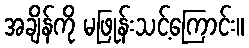
အချိန်ကို မဖြုန်းသင့်ကြောင်း။